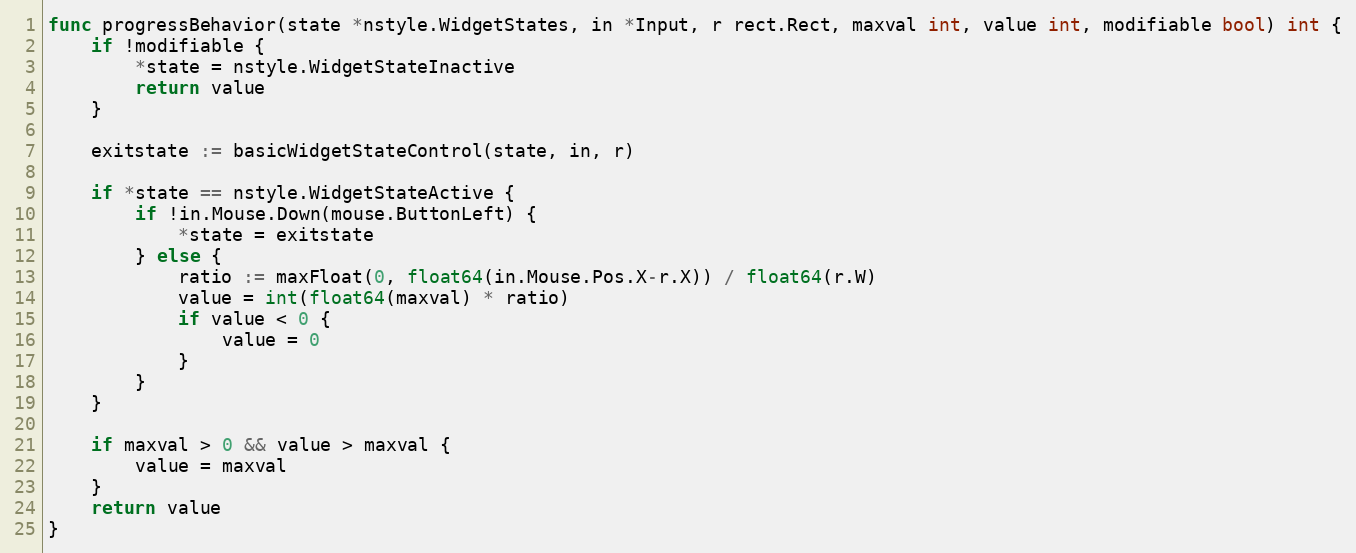
Language: Go
func progressBehavior(state *nstyle.WidgetStates, in *Input, r rect.Rect, maxval int, value int, modifiable bool) int {
	if !modifiable {
		*state = nstyle.WidgetStateInactive
		return value
	}

	exitstate := basicWidgetStateControl(state, in, r)

	if *state == nstyle.WidgetStateActive {
		if !in.Mouse.Down(mouse.ButtonLeft) {
			*state = exitstate
		} else {
			ratio := maxFloat(0, float64(in.Mouse.Pos.X-r.X)) / float64(r.W)
			value = int(float64(maxval) * ratio)
			if value < 0 {
				value = 0
			}
		}
	}

	if maxval > 0 && value > maxval {
		value = maxval
	}
	return value
}